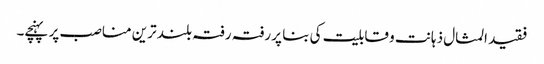
فقید المثال ذہانت و قابلیت کی بنا پر رفتہ رفتہ بلند ترین مناصب پر پہنچے۔